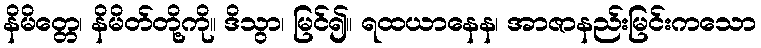
နိမိတ္တေ၊ နိမိတ်တို့ကို။ ဒိသွာ၊ မြင်၍။ ရထယာနေန၊ အာဇာနည်းမြင်းကသော